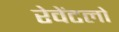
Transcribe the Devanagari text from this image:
रेवेंटलो